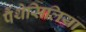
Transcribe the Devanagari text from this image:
पैंथेसिलिया